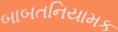
બાબતનિયામક